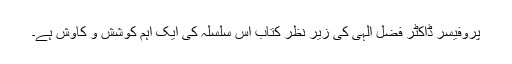
پروفیسر ڈاکٹر فضل الٰہی کی زیر نظر کتاب اس سلسلہ کی ایک اہم کوشش و کاوش ہے۔